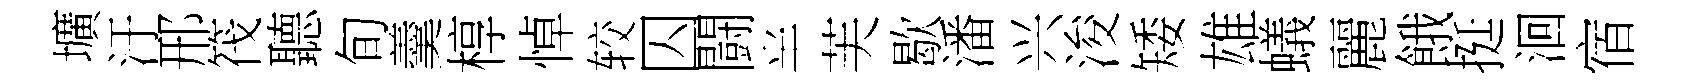
壙汙邢筏聽旬羹椁悼较囚闘半芙歇潘兴浚矮雄蟻麗餓挺洄宿